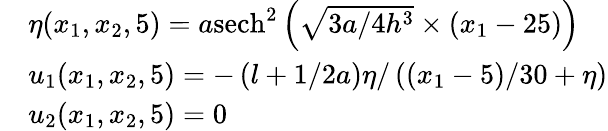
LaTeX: \begin{array}{rl}&{\eta(x_{1},x_{2},5)=a{{\operatorname{sech}}^{2}}\left(\sqrt{3a/4{{h}^{3}}}\times\left(x_{1}-25\right)\right)}\\ &{u_{1}(x_{1},x_{2},5)=-\left(l+1/2a\right)\eta/\left((x_{1}-5)/30+\eta\right)}\\ &{u_{2}(x_{1},x_{2},5)=0}\end{array}